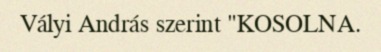
Vályi András szerint "KOSOLNA.